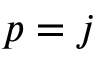
p = j